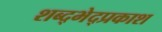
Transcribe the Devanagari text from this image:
शब्द्भेद्प्रकाश